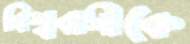
বিশ্ববাসীকে